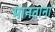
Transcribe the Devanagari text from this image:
मानताना